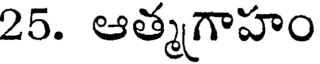
25. ఆత్మగాహం